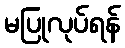
မပြုလုပ်ရန်